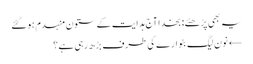
یہ بھی پڑھئے: بخدا آج ہدایت کے ستون منہدم ہوگئے
← نون لیگ بٹوارے کی طرف بڑھ رہی ہے؟